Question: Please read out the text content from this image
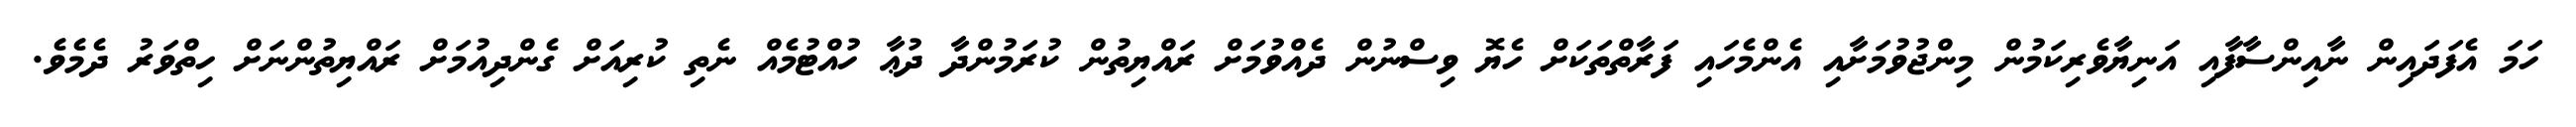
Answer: ހަމަ އެފަދައިން ނާއިންސާފާއި އަނިޔާވެރިކަމުން މިންޖުވުމަށާއި އެންމެހައި ފަރާތްތަކަށް ހެޔޮ ވިސްނުން ދެއްވުމަށް ރައްޔިތުން ކުރަމުންދާ ދުޢާ ހުއްޓުމެއް ނެތި ކުރިއަށް ގެންދިއުމަށް ރައްޔިތުންނަށް ހިތްވަރު ދެމެވެ.